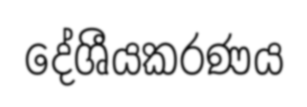
දේශීයකරණය